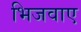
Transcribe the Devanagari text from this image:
भिजवाए